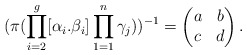
\begin{align*}(\pi(\prod_{i=2}^g[\alpha_i.\beta_i]\prod_{1=1}^n\gamma_j))^{-1}=\begin{pmatrix}a&b\\c&d\end{pmatrix}.\end{align*}